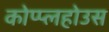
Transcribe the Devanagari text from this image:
कोप्प्लहोउस